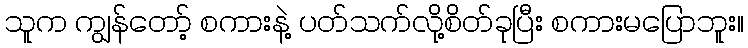
သူက ကျွန်တော့် စကားနဲ့ ပတ်သက်လို့စိတ်ခုပြီး စကားမပြောဘူး။